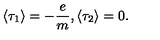
\langle \tau _ { 1 } \rangle = - \frac { e } { m } , \langle \tau _ { 2 } \rangle = 0 .